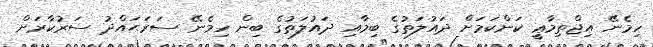
ހިމެނޭ އިޖްތިމާޢީ ކަންކަމަށް ދައުލަތުގެ ބިމާއި ދައުލަތުގެ ބިން ހިމެނޭ ސަރަޙައްދު ސަރުކާރަށް